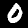
Digit: 0